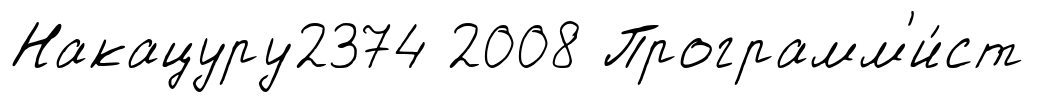
Накацуру2374 2008 Программ'и́ст